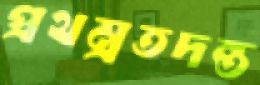
প্রথম্রতদন্ত